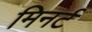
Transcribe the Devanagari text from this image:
मिनर्ट